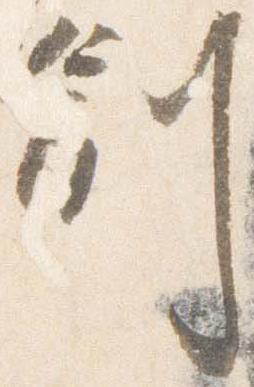
副